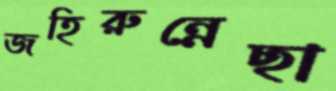
জহিরুন্নেছা